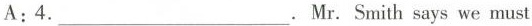
A: 4.___. Mr. Smith says we must